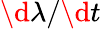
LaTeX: \d\lambda/\d t